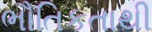
ભૌતિકતાથી